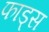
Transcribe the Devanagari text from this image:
फाड्स